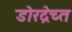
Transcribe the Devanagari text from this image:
डोरद्रेच्त